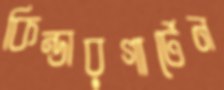
কিন্ডারগার্টেন